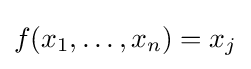
f(x_{1},\dots ,x_{n})=x_{j}